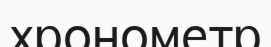
хронометр